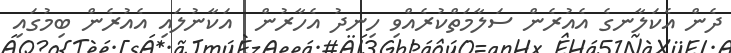
ދެން އެކަލާނގެ އެއުރެން ސަލާމަތްކުރެއްވި ހިނދު އެހާރުން  އަކާނުލައި އެއުރެން ބިމުގައި